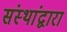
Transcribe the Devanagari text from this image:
संस्थांद्वारा